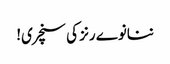
ننانوے رنز کی سنچری!